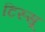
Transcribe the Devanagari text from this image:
टिस्सू